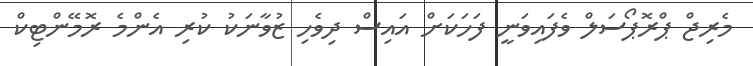
މެރިޖް ޕްރޮޕޯސަލް ވެފައިވަނީ ފަހަކަށް އައިސް ދިވެހި ޒުވާނަކު ކުރި އެންމެ ރޮމޭންޓިކް